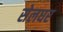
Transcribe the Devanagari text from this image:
सेलघर